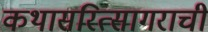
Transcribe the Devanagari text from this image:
कथासरित्सागराची